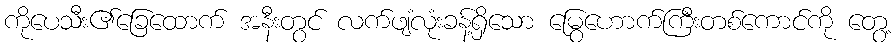
ကိုပေသီး၏ခြေထောက် အနီးတွင် လက်ဖျံလုံးခန့်ရှိသော မြွေဟောက်ကြီးတစ်ကောင်ကို တွေ့